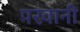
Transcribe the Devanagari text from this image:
परवानी